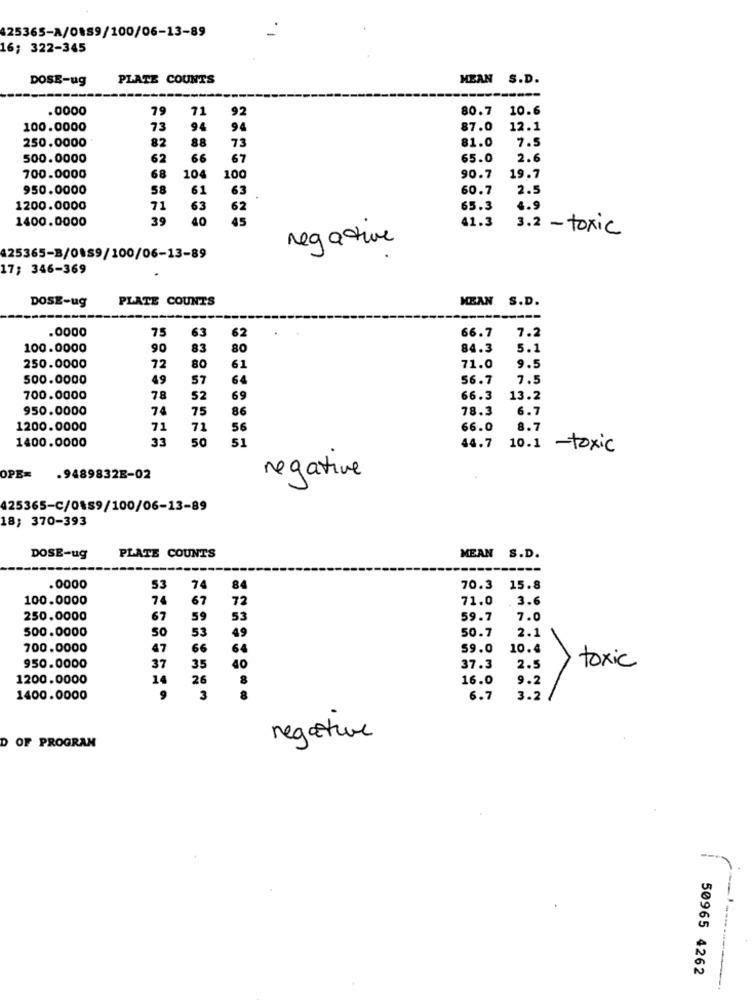
425365-A/0189/100/06-13-89
16; 322-345
DOSE-ug
PLATE COUNTS
MEAN S.D.
.0000
79
71
92
80.7
10.6
100.0000
73
94
94
87.0
12.1
250.0000
82
88
81.0
7.5
73
500.0000
62
66
67
65.0
2.6
700.0000
68
104
100
90.7
19.7
950.0000
58
61
63
60.7
2.5
1200.0000
71
63
62
65.3
4.9
1400.0000
39
40
45
41.3
3.2 - toxic
negative
425365-B/0189/100/06-13-89
17; 346-369
DOSE-ug
PLATE COUNTS
MEAN S.D.
.0000
66.7
7.2
75
63
62
100.0000
90
83
80
84.3
5.1
250.0000
72
80
61
71.0
9.5
500.0000
49
57
64
56.7
7.5
700.0000
78
52
69
66.3
13.2
950.0000
74
75
86
78.3
6.7
1200.0000
71
71
56
66.0
8.7
1400.0000
33
50
51
44.7
10.1
-toxic
OPE=
.9489832E-02
negative
425365-C/0189/100/06-13-89
18; 370-393
DOSE-ug
PLATE COUNTS
MEAN S.D.
.0000
53
84
70.3
15.8
100.0000
74
67
72
71.0
3.
250.0000
67
59
53
59.7
7.0
500.0000
50
53
49
50.7
2.1
700.0000
47
66
6€
59.0
10.4
37
950.0000
35
40
37.3
2.5
toxic
1200.0000
14
26
16.0
9.2
1400.0000
3
8
6.7
3.2
negative
D OF PROGRAM
--
50965 4262